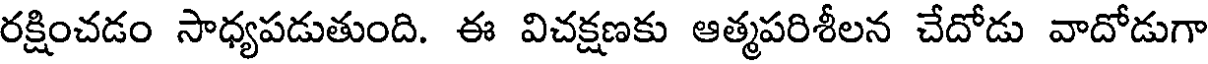
రక్షించడం సాధ్యపడుతుంది. ఈ విచక్షణకు ఆత్మపరిశీలన చేదోడు వాదోడుగా